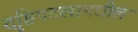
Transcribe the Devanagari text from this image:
दृष्टिपटलामधील